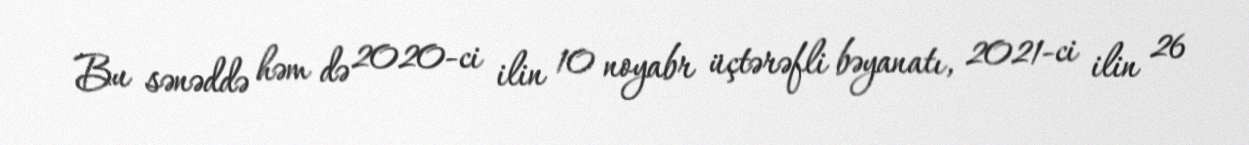
Bu sənəddə həm də 2020-ci ilin 10 noyabr üçtərəfli bəyanatı, 2021-ci ilin 26